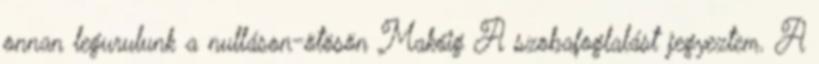
onnan legurulunk a nulláson-ötösön Makóig A szobafoglalást jegyeztem. A